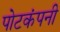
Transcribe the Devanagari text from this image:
पोटकंपनी